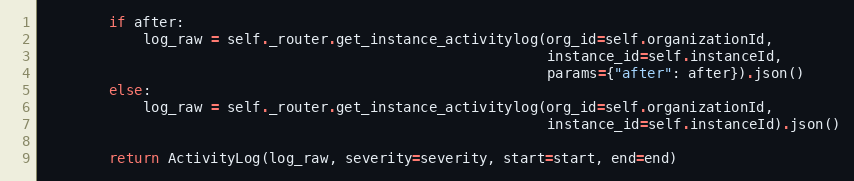
Language: Python
        if after:
            log_raw = self._router.get_instance_activitylog(org_id=self.organizationId,
                                                            instance_id=self.instanceId,
                                                            params={"after": after}).json()
        else:
            log_raw = self._router.get_instance_activitylog(org_id=self.organizationId,
                                                            instance_id=self.instanceId).json()

        return ActivityLog(log_raw, severity=severity, start=start, end=end)